Medical and sanitary report of the native army of Bengal for the year
Year: 1878
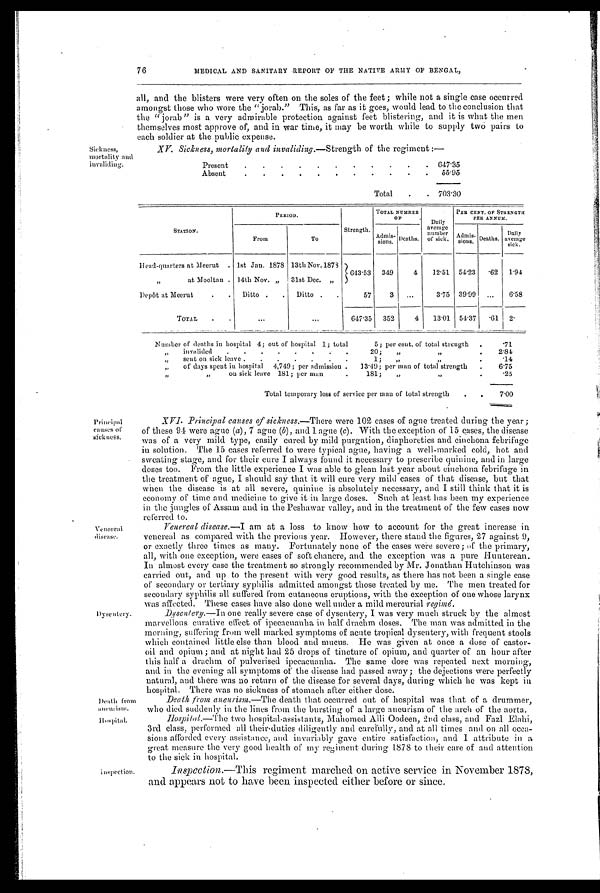
Death from aneurism.
76
MEDICAL AND SANITARY REPORT OF THE NATIVE ARMY OF BENGAL,
all, and the blisters were very often on the soles of the feet ; while not a single case occurred
amongst those who wore the "jorab." This, as far as it goes, would lead to the conclusion that
the "jorab" is a very admirable protection against feet blistering, and it is what the men
themselves most approve of, and in war time, it may be worth while to supply two pairs to
e a c h s o l i d e r a t t h e p u b l i c e x p e n s e .
Sickness,
mortality and
invaliding.
XV. Sickness, mortality and invaliding.— Strength of the regiment :—
Present
.
.
.
.
. .
. .
.
.
. 647.35
Absent
.
.
. . 55.95
Total
.
. 703.30
Principal
causes of
si ck ness.
Venereal
disease.
STATION.
PERIOD.
Strength.
TOTAL NUMBER
OF Daily
average number
of sick.
PER CENT. OF STRENGT
H PER ANNUM.
From
To
Admis- s i o n s . Deaths.
Admis- sions. Deaths.
Daily
average
sick.
Head-quarters at Meerut . 1st Jan. 1878 13th Nov.1873
643.53 349
4 12.51 54.23 .62 1.94
,,
at Mooltan . 14th Nov. „ 31st Dec. „
Depôt at Meerut
. . Ditto . . Ditto . .
57
3 ...
3.75 39.99 ... 6.58
TOTAL . .
...
. . .
647.35 352
4 13.01 54.37
. 6 1 2 .
Number of deaths in hospital 4; out of hospital 1; total
5; per cent. of total strength .
.71
„ invalided . . . . . .
20; „ , ,
.
2. 84
,, sent on sick leave . . . . . .
1; , , , ,
. . 1 4
,, of days spent in hospital 4,749; per admission . 13.49; per man of total strength .
6.75
,,
, ,
o n
s i c k l e a v e 1 8 1 ; p e r m a n
.
181; „
.25
Total temporary loss of service per man of total strength . .
7 . 0 0
XVI. Principal causes of sickness.—There were 102 cases of ague treated during the year;
of these 94 were ague (a) , 7 ague (b) , and 1 ague (c) . With the exception of' 15 cases, the disease
was of a very mild type, easily cured by mild purgation, diaphoretics and cinchona febrifuge
in solution. The 15 cases referred to were typical ague, having a well-marked cold, hot and
sweating stage, and for their cure I always found it necessary to prescribe quinine, and in large
doses too. From the little experience I was able to glean last year about cinchona febrifuge in
the treatment of ague, I should say that it will cure very mild cases of that disease, but that
when the disease is at all severe, quinine is absolutely necessary, and I still think that it is
economy of time and medicine to give it. in large doses. Such at least has been my experience
in the jungles of Assam and in the Peshawar valley, and in the treatment of the few cases now
referred to.
Venereal disease.— I am at a loss to know how to account for the great increase in
venereal as compared with the previous year. However, there stand the figures, 27 against 9,
or exactly three times as many. Fortunately none of the cases were severe; of the primary,
all, with one exception, were cases of soft chancre, and the exception was a pure Hunterean.
In almost every case the treatment so strongly recommended by Mr. Jonathan Hutchinson was
carried out, and up to the present with very good results, as there has not been a single case
of secondary or tertiary syphilis admitted amongst those treated by me. The men treated for
secondary syphilis all suffered from cutaneous eruptions, with the exception of one whose larynx
was affected. These cases have also done well under a mild mercurial r e gi mé
Dysentery.
inspection.
Dysentery.—In one really severe case of dysentery, I was very much struck by the almost
marvellous curative effect of ipecacuanha in half drachm doses. The man was admitted in the
morning, suffering from well marked symptoms of acute tropical dysentery, with frequent stools
which contained little else than blood and mucus. He was given at once a dose of castor-
oil and opium ; and at night had 25 drops of tincture of opium, and quarter of an hour after
this half a drachm of pulverised ipecacuanha. The same dose was repeated next morning,
and. in the evening all symptoms of the disease had passed away; the dejections were perfectly
natural, and there was no return of the disease for several days, during which he was kept in hospital.
There was no sickness of stomach after either dose.
Death from aneurism.— The death that occurred out of hospital was that of a drummer,
who died suddenly in the lines from the bursting of a large aneurism of the arch of the aorta.
Hospital.—The two hospital-assistants, Mahomed Alli Oodeen, 2nd class, and Fazl Elahi,
3rd class, performed all their.duties diligently and carefully, and at all times and on all occa-
sions afforded every assistance, and invariably gave entire satisfaction, and I attribute in a
great measure the very good health of my regiment during 1878 to their care of and attention
to the sick in hospital.
Inspection.—This regiment marched on active service in November 1878,
and appears not to have been inspected either before or since.